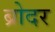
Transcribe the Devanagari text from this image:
ब्रोदर